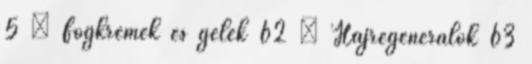
5 › Fogkrémek és gélek 62 › Hajregenerálók 63